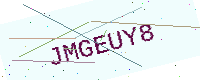
Text: JMGEUY8